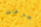
جرحت